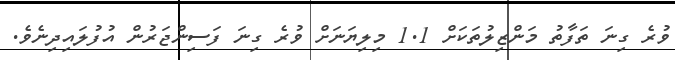
ވުރެ ގިނަ ތަފާތު މަންޒިލުތަކަށް 1.1 މިލިޔަނަށް ވުރެ ގިނަ ފަސިންޖަރުން އުފުލައިދިނެވެ.